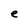
Character: e